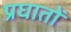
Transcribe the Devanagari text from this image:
प्रघातों